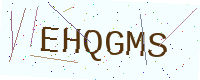
Text: EHQGMS